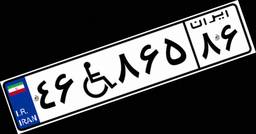
۴۶W۸۶۵۸۶